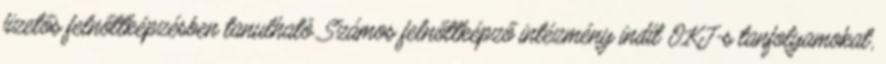
fizetős felnőttképzésben tanulható. Számos felnőttképző intézmény indít OKJ-s tanfolyamokat,